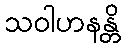
သဝါဟနန္တိ